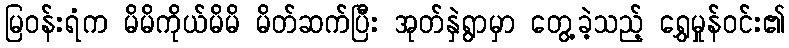
မြဝန်းရံက မိမိကိုယ်မိမိ မိတ်ဆက်ပြီး အုတ်နှဲရွာမှာ တွေ့ခဲ့သည့် ရွှေမှုန်ဝင်း၏